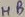
Text: HB